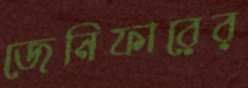
জেনিফারের